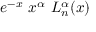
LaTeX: e ^ { - x } \ x ^ { \alpha } \ L _ { n } ^ { \alpha } ( x )